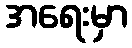
အရေးမှာ